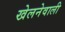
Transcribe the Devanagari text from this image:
खेलनेवाली